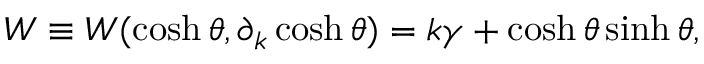
W \equiv W ( \cosh \theta , \partial _ { k } \cosh \theta ) = k \gamma + \cosh \theta \sinh \theta ,